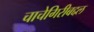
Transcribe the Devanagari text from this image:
चाचेगिरीबद्दल